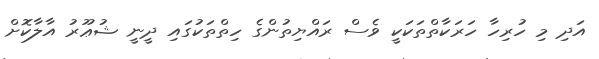
އަދި މި ހުރިހާ ހަރަކާތްތަކަކީ ވެސް ރައްޔިތުންގެ ހިތްތަކުގައި ދީނީ ޝުޢޫރު އާލާކޮށް